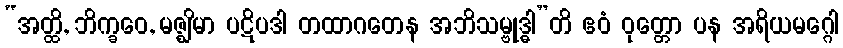
“အတ္ထိ, ဘိက္ခဝေ, မဇ္ဈိမာ ပဋိပဒါ တထာဂတေန အဘိသမ္ဗုဒ္ဓါ”တိ ဧဝံ ဝုတ္တော ပန အရိယမဂ္ဂေါ